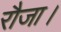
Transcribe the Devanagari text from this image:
रौजा।